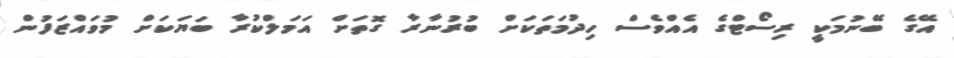
އޭގެ ބޭނުމަކީ ރިސޯޓްގެ އެއްވެސް ހިދުމަތަކަށް ބުރުނާރާ ގޮތަށް އަމަލްކުރާ ބަޔަކަށް މުވައްޒަފުން